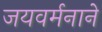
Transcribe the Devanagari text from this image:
जयवर्मनाने